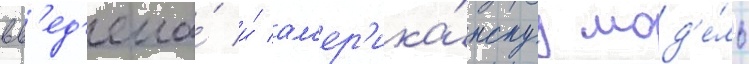
вв'ед'ена́ и́ ам'ер'ика́нскуу мод'е́ль